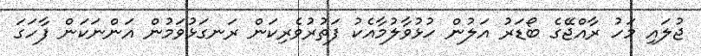
ޖުލައި މަހު ރާއްޖޭގެ ބޯޑަރު އަލުން ހުޅުވާލުމާއެކު ފަތުރުވެރިކަން ރަނގަޅުވަމުން އަންނަކަން ފާހަގަ